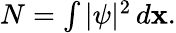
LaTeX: \begin{array}{r}{N=\int|\psi|^{2}\, d{\mathbf x}.}\end{array}